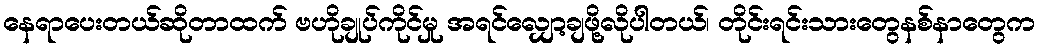
နေရာပေးတယ်ဆိုတာထက် ဗဟိုချုပ်ကိုင်မှု အရင်လျှော့ချဖို့လိုပါတယ်၊ တိုင်းရင်းသားတွေနစ်နာတွေက